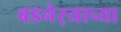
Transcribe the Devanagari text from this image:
बडनेर्‍याच्या